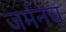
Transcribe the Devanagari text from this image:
जर्मनच